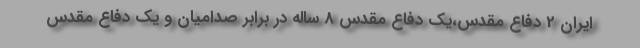
ایران 2 دفاع مقدس،یک دفاع مقدس 8 ساله در برابر صدامیان و یک دفاع مقدس